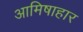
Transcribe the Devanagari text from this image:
आमिषाहार